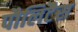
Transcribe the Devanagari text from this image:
पौलिटैस